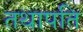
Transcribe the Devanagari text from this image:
तथापति